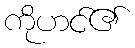
ကိုဟင်၏